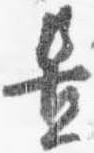
置